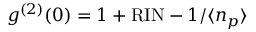
g ^ { ( 2 ) } ( 0 ) = 1 + \mathrm { R I N } - 1 / \langle n _ { p } \rangle